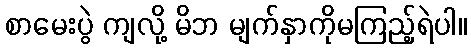
စာမေးပွဲ ကျလို့ မိဘ မျက်နှာကိုမကြည့်ရဲပါ။